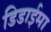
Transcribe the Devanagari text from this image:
डिडाईमा